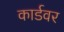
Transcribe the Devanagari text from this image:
कार्डवर